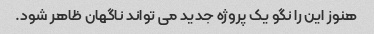
هنوز این را نگو یک پروژه جدید می تواند ناگهان ظاهر شود.